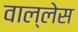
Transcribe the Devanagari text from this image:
वाल्लेस